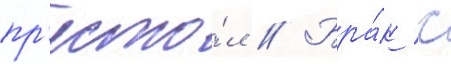
пр'есто́л // Бра́к с